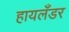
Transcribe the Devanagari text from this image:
हायलँडर